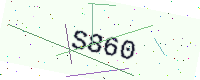
Text: S860